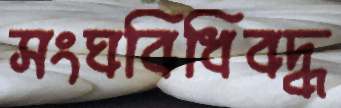
সংঘবিধিবদ্ধ